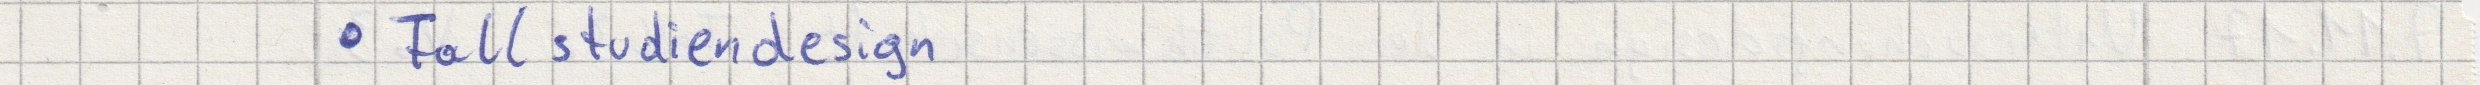
- Fallstudiendesign